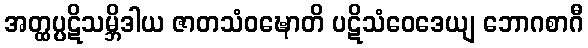
အတ္ထပ္ပဋိသမ္ဘိဒါယ ဇာတသံဝဍ္ဎောတိ ပဋိသံဝေဒေယျ ဘောဂစာဂီ